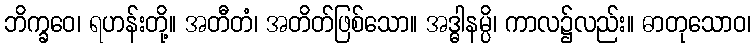
ဘိက္ခဝေ၊ ရဟန်းတို့။ အတီတံ၊ အတိတ်ဖြစ်သော။ အဒ္ဓါနမ္ပိ၊ ကာလ၌လည်း။ ဓာတုသောဝ၊